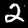
Label: 2